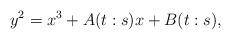
LaTeX: \begin{align*}y^2=x^3+A(t:s)x+B(t:s),\end{align*}